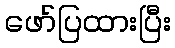
ဖော်ပြထားပြီး